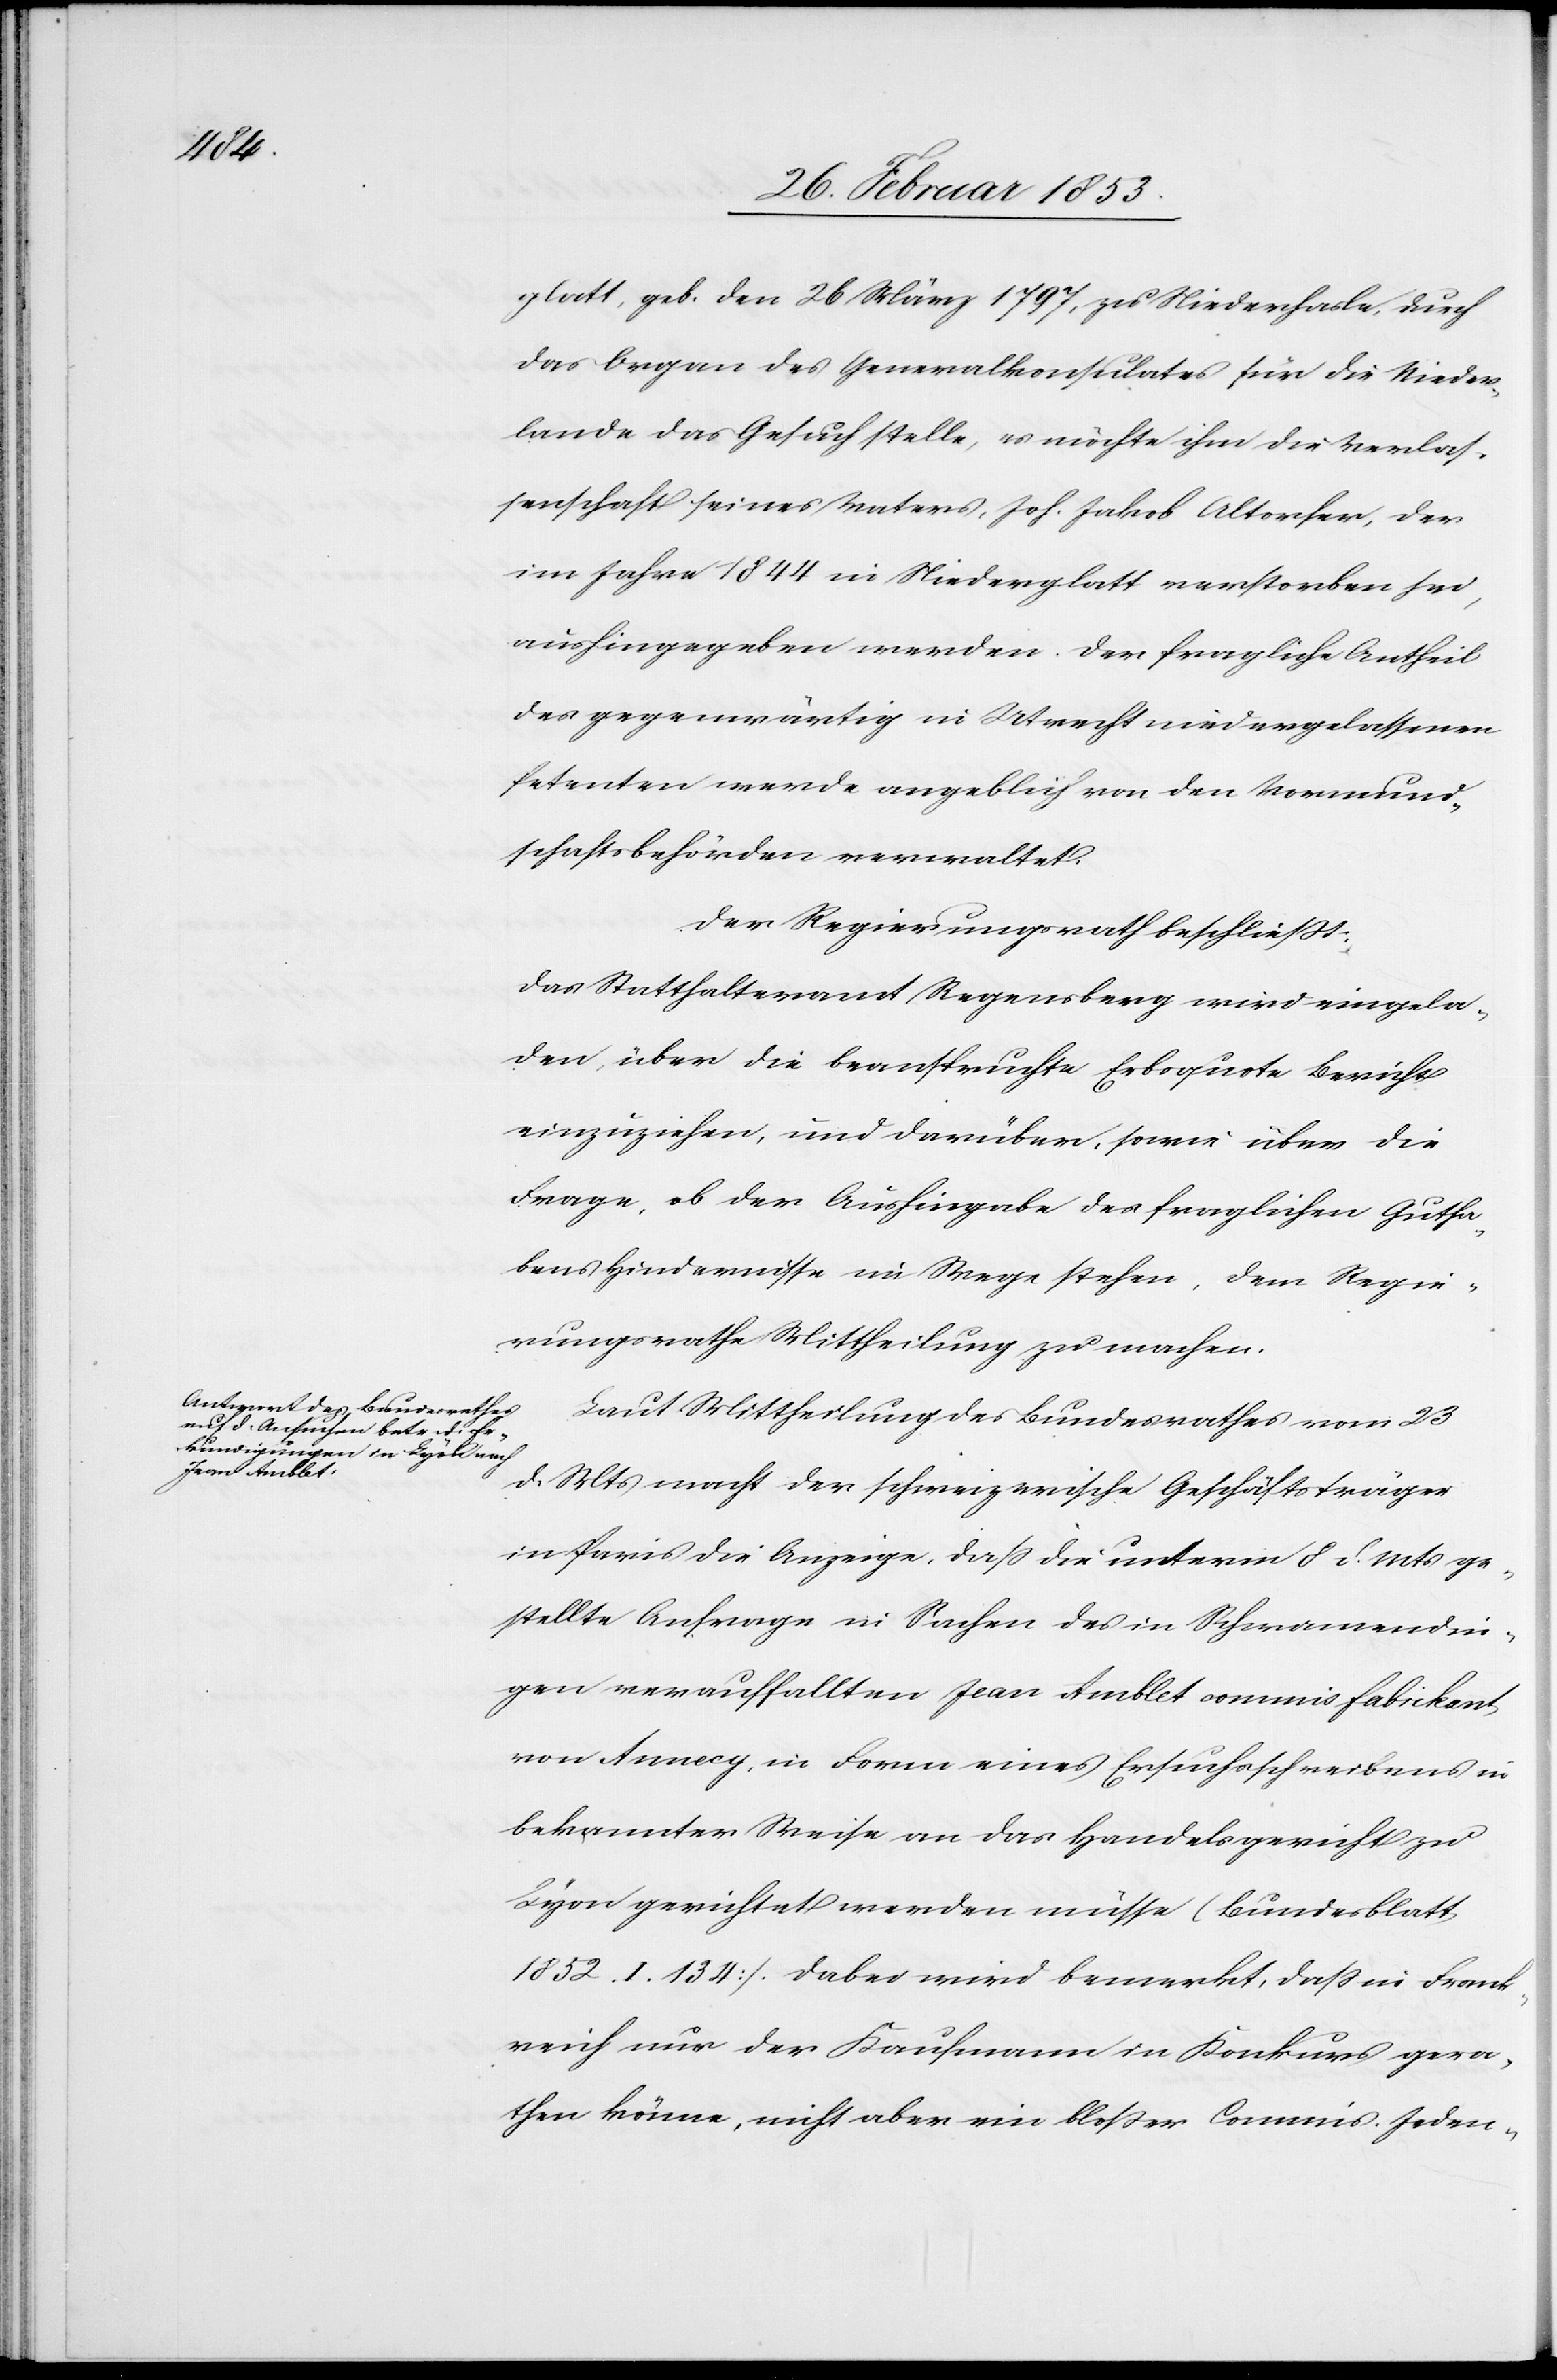
glatt, geb. den 26 März 1797, zu Niederhasle, durch
das Organ des Generalkonsulates für die Nieder¬
lande das Gesuch stelle, es möchte ihm die Verlas¬
senschaft seines Vaters, Joh. Jakob Altorfer, der
im Jahre 1844 in Niederglatt verstorben sei,
aushingegeben werden. Der fragliche Antheil
des gegenwärtig in Utrecht niedergelassenen
Petenten werde angeblich von den Vormund¬
schaftsbehörden verwaltet.
Der Regierungsrath beschließt:
Das Statthalteramt Regensberg wird eingela¬
den, über die beanspruchte Erbsquote Bericht
einzuziehen, und darüber, sowie über die
Frage, ob der Aushingabe des fraglichen Gutha¬
bens Hindernisse im Wege stehen, dem Regie¬
rungsrathe Mittheilung zu machen.
Laut Mittheilung des Bundesrathes vom 23
d. Mts. macht der schweizerische Geschäftsträger
in Paris die Anzeige, daß die unterm 8 d. Mts. ge¬
stellte Anfrage in Sachen des in Schwamendin¬
gen verauffalten [sic!] Jean Amblet commis Fabickant
von Annecy, in Form eines Ersuchsschreibens in
bekannter Weise an das Handelsgericht zu
Lyon gerichtet werden müsse (Bundesblatt,
1852. I. 134]. Dabei wird bemerkt, daß in Frank¬
reich nur der Kaufmann in Konkurs gera¬
then könne, nicht aber ein bloßer Commis. Jeden-